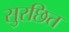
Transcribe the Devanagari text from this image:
सुरछित